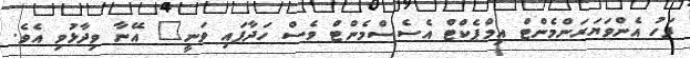
ފަހު އެންވަޔަރަންމެންޓް އިމްޕެކްޓް އެސެސްމެންޓް ވެސް ހަދާފައި ވަނީ" އޭނާ ވިދާޅުވި އެވެ.